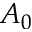
A _ { 0 }